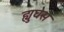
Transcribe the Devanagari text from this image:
ह्युघेस